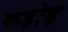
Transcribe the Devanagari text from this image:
कड़ोड़